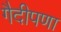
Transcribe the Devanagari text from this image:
गैदीपणा